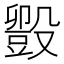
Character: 𬆱